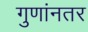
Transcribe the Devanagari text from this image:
गुणांनतर